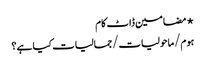
⋆ مضامین ڈاٹ کام
ہوم/ماحولیات/جمالیات کیا ہے؟